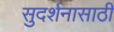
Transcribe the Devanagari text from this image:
सुदर्शनासाठी